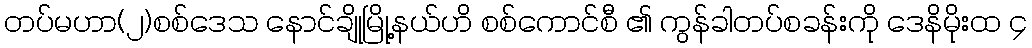
တပ်မဟာ(၂)စစ်ဒေသ နောင်ချိုမြို့နယ်ဟိ စစ်ကောင်စီ ၏ ကွန်ခါတပ်စခန်းကို ဒေနိမိုးထ ၄